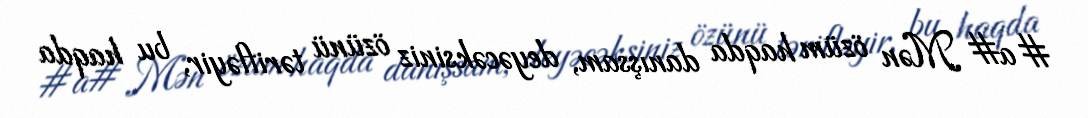
#a# Mən özüm haqda danışsam, deyəcəksiniz özünü tərifləyir, bu haqda